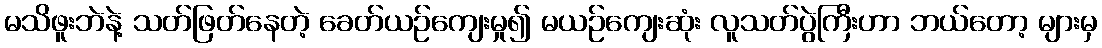
မသိဖူးဘဲနဲ့ သတ်ဖြတ်နေတဲ့ ခေတ်ယဉ်ကျေးမှု၍ မယဉ်ကျေးဆုံး လူသတ်ပွဲကြီးဟာ ဘယ်တော့ များမှ